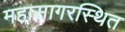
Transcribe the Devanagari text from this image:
महासागरस्थित